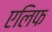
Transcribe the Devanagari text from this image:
एलिफ